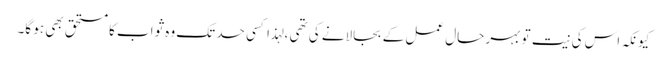
کیونکہ اس کی نیت تو بہر حال عمل کے بجالانے کی تھی ، لہذا کسی حد تک وہ ثواب کا مستحق بھی ہو گا۔